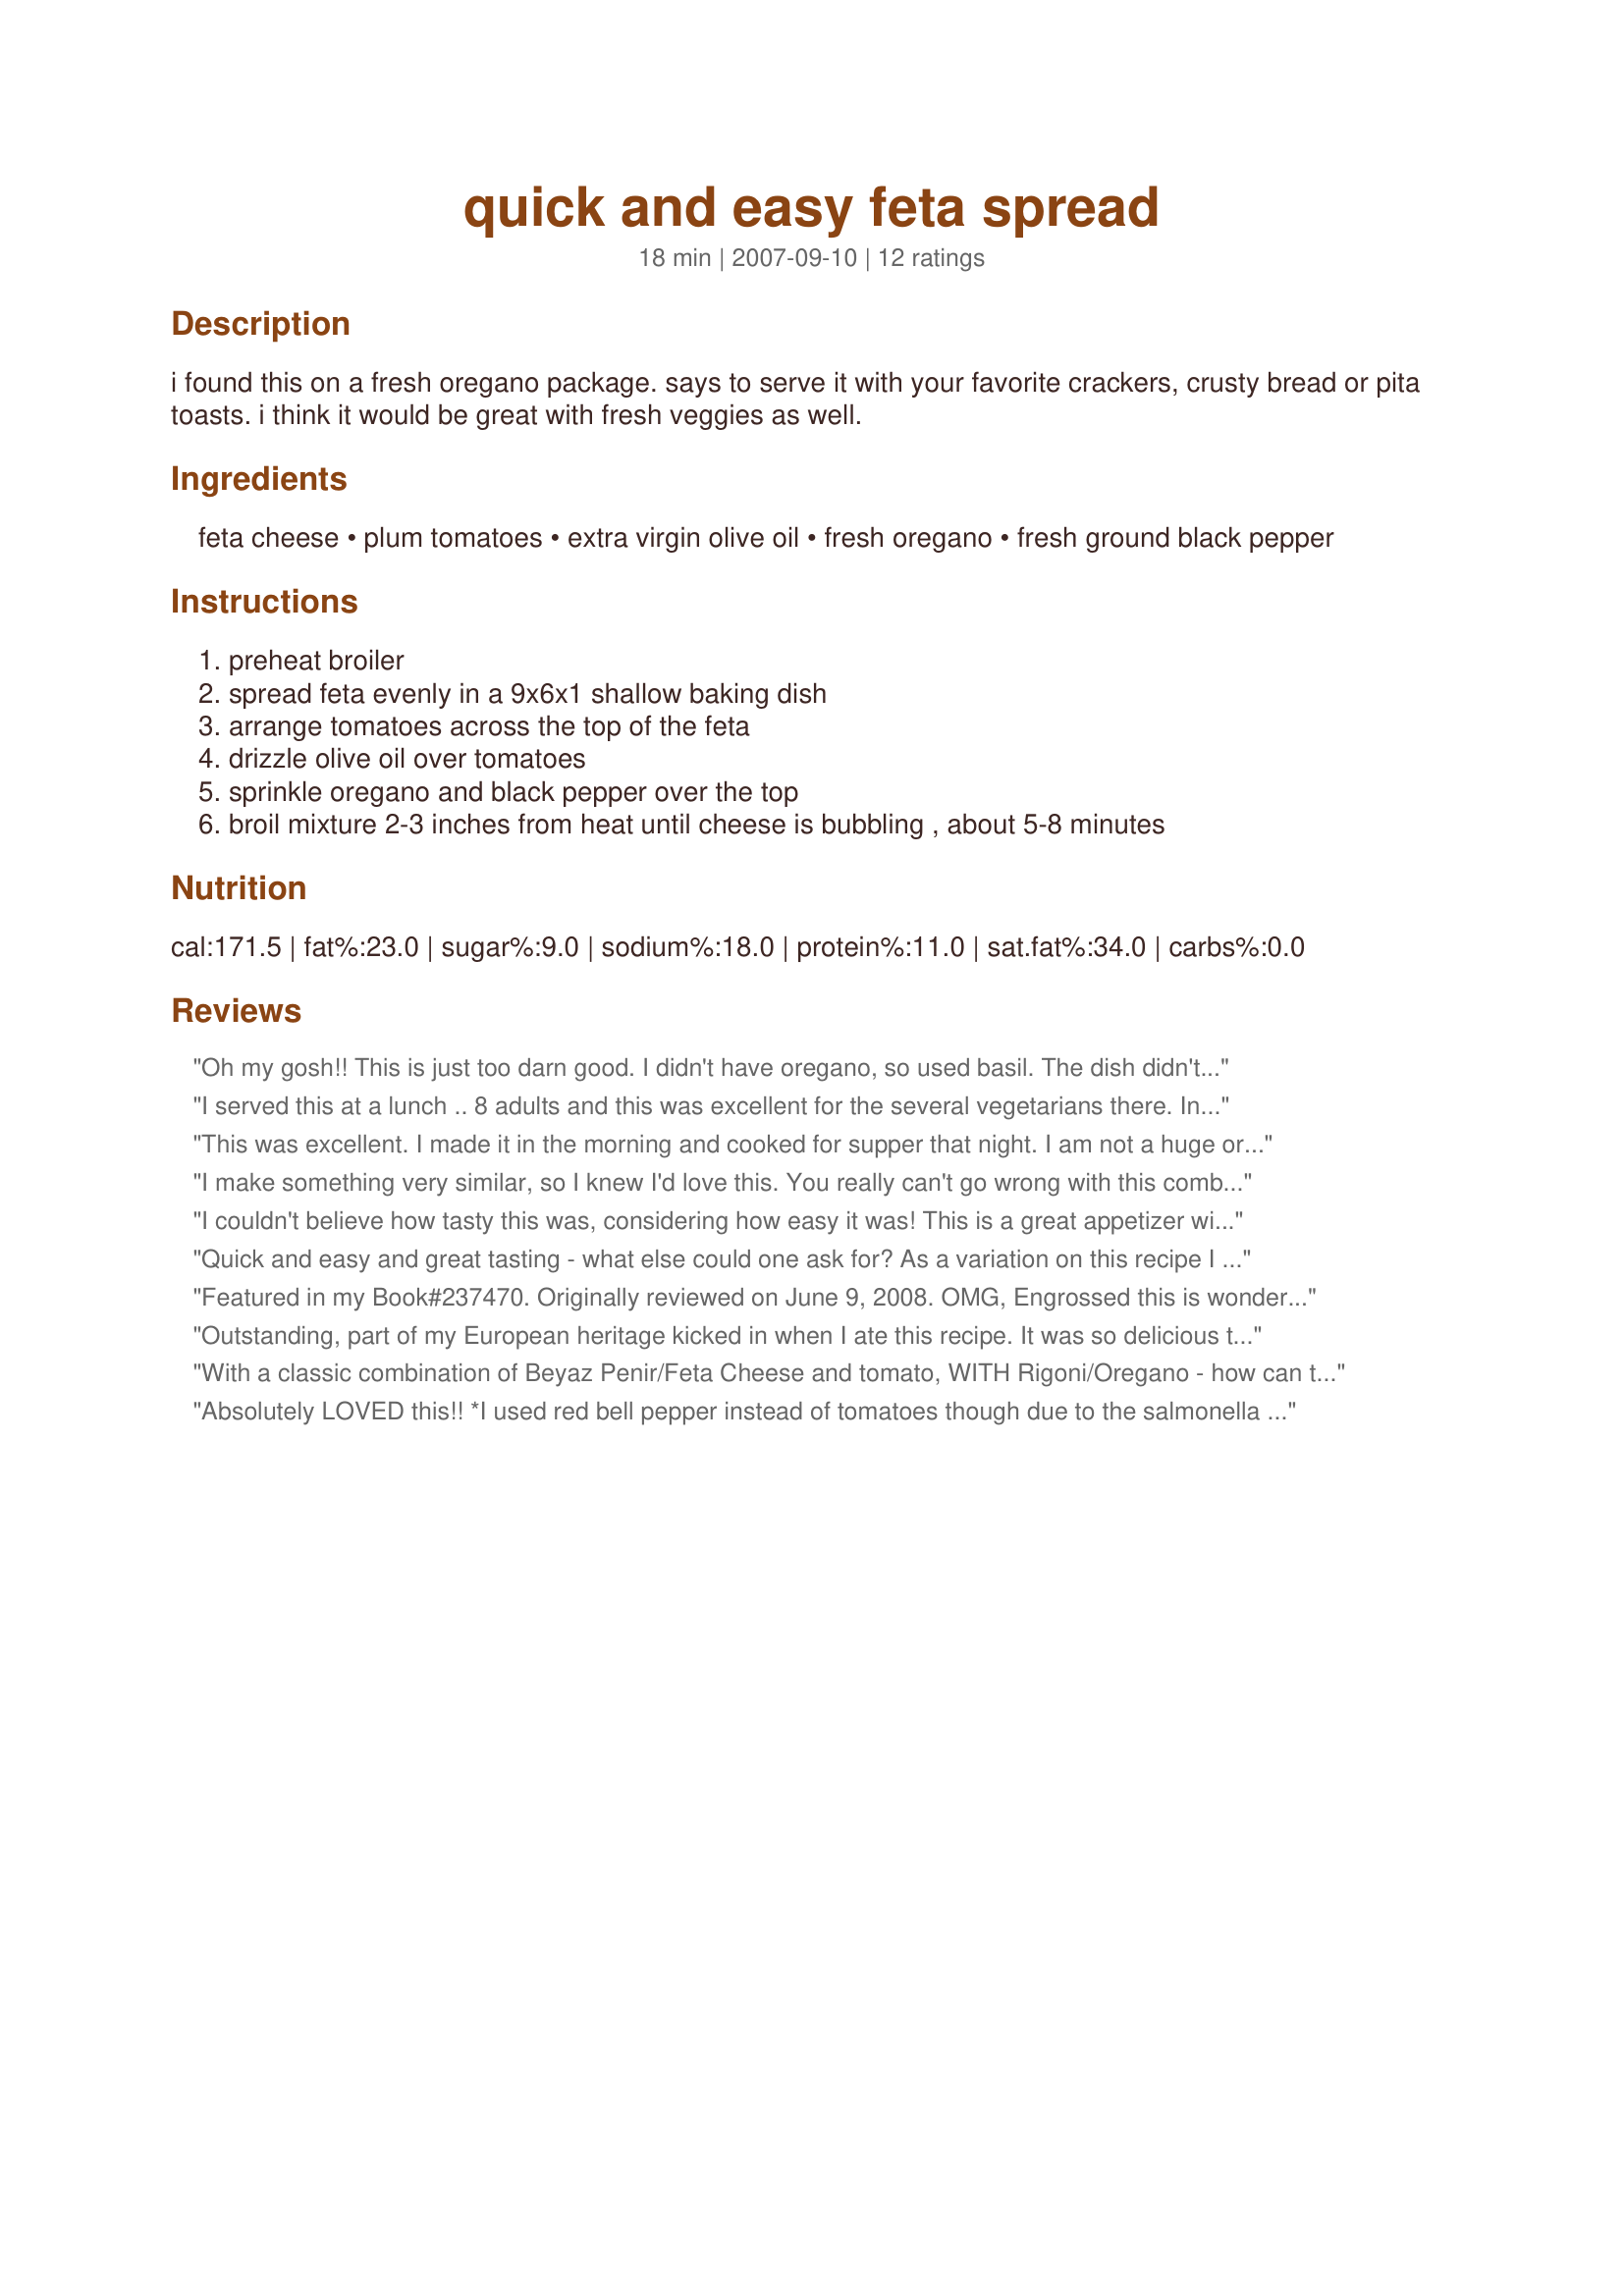
quick and easy feta spread
Preparation time: 18 minutes

i found this on a fresh oregano package. says to serve it with your favorite crackers, crusty bread or pita toasts. i think it would be great with fresh veggies as well.

Ingredients:
feta cheese, plum tomatoes, extra virgin olive oil, fresh oregano, fresh ground black pepper

Steps:
preheat broiler, spread feta evenly in a 9x6x1 shallow baking dish, arrange tomatoes across the top of the feta, drizzle olive oil over tomatoes, sprinkle oregano and black pepper over the top, broil mixture 2-3 inches from heat until cheese is bubbling , about 5-8 minutes

Reviews:
Oh my gosh!! This is just too darn good. I didn't have oregano, so used basil. The dish didn't even make it to the table (I'm not kidding) my bf & I hung over the top of the stove scooping it up with Ritz crackers until it was all gone. Thanks for posting.
I served this at a lunch .. 8 adults and this was excellent for the several vegetarians there. In fact they snapped this one up... me I liked it a little less, but only because I thought that the flavours could have "fused" a little more than they did. Not that that really matters in the end.. . because the plate was wiped clean and everyone was happy. Please see my Rating System: 4 excellent stars for a recipe where fresh oregano REALLY does make a difference. This will be appearing on our menu again.. Thanks!
This was excellent. I made it in the morning and cooked for supper that night. I am not a huge oregano fan so I reduced it to suit our tastes. The only thing I might do next time is dice the tomato, but that would not affect the flavour at all. This is easy to make and we could not get enough of it. Thanks for the recipe.
I make something very similar, so I knew I'd love this. You really can't go wrong with this combination and it's so easy to make. Highly recommended.
I couldn't believe how tasty this was, considering how easy it was! This is a great appetizer with ingredients that I almost always have on hand. The hot feta was divine on pita chips. Next time I'll try the roasted red peppers that another reviewer mentioned.
Quick and easy and great tasting - what else could one ask for? As a variation on this recipe I made it with jarred roasted red peppers and it was fantastic. Try it!
Featured in my Book#237470. Originally reviewed on June 9, 2008. OMG, Engrossed this is wonderful and so easy. Right on with the ingredients and timing. I can't wait to share this with others. Thank you for a winner! Made for ZWT4 for the Flying Dutchess'.
Outstanding, part of my European heritage kicked in when I ate this recipe. It was so delicious that my mouth watered when it was under the griller. I had to substituted fresh oregano to dried oregano because my oregano in the garden died and ate it all myself. Thank you Engrossed.
With a classic combination of Beyaz Penir/Feta Cheese and tomato, WITH Rigoni/Oregano - how can this be anything other than 5 star! We had this for a Cypriot style breakast today, on top of rustic Village style bread......gorgeous! I have taken photos, but will have to post them later, as my camera and laptop are packed up ready for my trip back to England tomorrow! Thanks Engrossed! FT:-)
Absolutely LOVED this!! *I used red bell pepper instead of tomatoes though due to the salmonella outbreak, but they were awesome!!! Made for the ZWT4
Nummy! This WAS quick AND easy! I made half the amount for lunch and ate with crackers. What made it really quick was that I used canned diced tomatoes (due to salmonella outbreak), so no chopping. This is another recipe which shows just how delicious feta can be hot! Thank you for posting, made for ZWT4.
This was very good and very quick! It looks very presentable too, so it would be great for impromptu guests. Thanks for posting!
